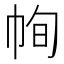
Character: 㡄